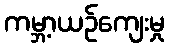
ကမ္ဘာ့ယဉ်ကျေးမှု